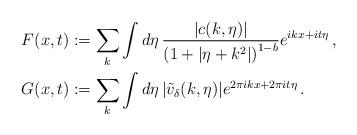
LaTeX: \begin{align*}F(x,t) &:= \sum_k \int d\eta \, \frac{|c(k,\eta)|}{\left(1+|\eta+k^2|\right)^{1-b}} e^{ikx+it\eta}\,, \\G(x,t)&:= \sum_k\int d\eta \, |\tilde{v}_\delta(k,\eta)|e^{2\pi i k x + 2 \pi it\eta}\,.\end{align*}